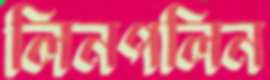
লিনপলিন